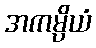
အကမ္ပိယံ